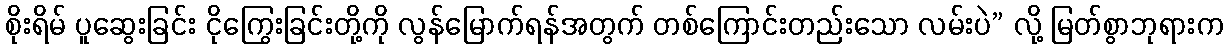
စိုးရိမ် ပူဆွေးခြင်း ငိုကြွေးခြင်းတို့ကို လွန်မြောက်ရန်အတွက် တစ်ကြောင်းတည်းသော လမ်းပဲ” လို့ မြတ်စွာဘုရားက